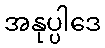
အနုပ္ပါဒေ